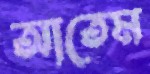
আতেম